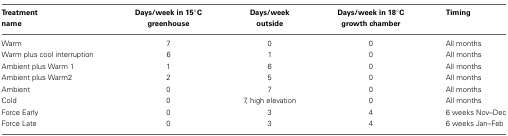
| Treatment name | Days/week in 15°C greenhouse | Days/week outside | Days/week in 18°C growth chamber | Timing |
 | --- | --- | --- | --- | --- |
 | Warm | 7 | 0 | 0 | All months |
 | Warm plus cool interruption | 6 | 1 | 0 | All months |
 | Ambient plus Warm 1 | 1 | 6 | 0 | All months |
 | Ambient plus Warm2 | 2 | 5 | 0 | All months |
 | Ambient | 0 | 7 | 0 | All months |
 | Cold | 0 | 7, high elevation | 0 | All months |
 | Force Early | 0 | 3 | 4 | 6 weeks Nov–Dec |
 | Force Late | 0 | 3 | 4 | 6 weeks Jan–Feb |